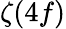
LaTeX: \zeta(4f)